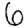
Digit: 6